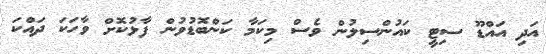
އަދި އައްޑޫ ސިޓީ ކައުންސިލުން ވެސް މިކަމާ ކަންބޮޑުވުން ފާޅުކޮށް ވާހަކަ ދައްކަ